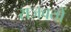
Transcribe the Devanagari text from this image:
राजवतों